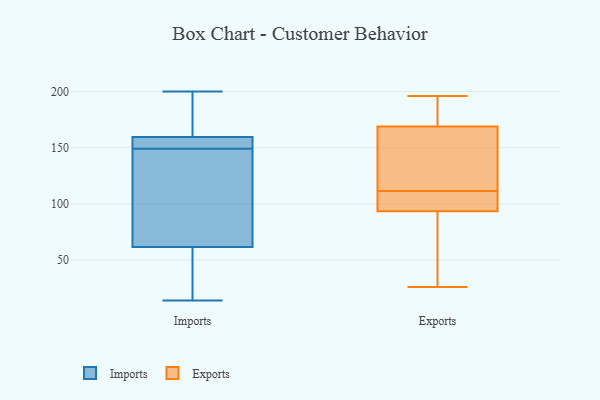
{"axis": {"x": "Shipments", "y": "Value"}, "legend": ["Exports", "Imports"], "data": [{"x": "", "y": 149, "type": "Imports"}, {"x": "", "y": 158, "type": "Imports"}, {"x": "", "y": 37, "type": "Imports"}, {"x": "", "y": 158, "type": "Imports"}, {"x": "", "y": 112, "type": "Imports"}, {"x": "", "y": 43, "type": "Imports"}, {"x": "", "y": 87, "type": "Imports"}, {"x": "", "y": 95, "type": "Imports"}, {"x": "", "y": 200, "type": "Imports"}, {"x": "", "y": 29, "type": "Imports"}, {"x": "", "y": 14, "type": "Imports"}, {"x": "", "y": 112, "type": "Imports"}, {"x": "", "y": 53, "type": "Imports"}, {"x": "", "y": 151, "type": "Imports"}, {"x": "", "y": 160, "type": "Imports"}, {"x": "", "y": 175, "type": "Imports"}, {"x": "", "y": 149, "type": "Imports"}, {"x": "", "y": 167, "type": "Imports"}, {"x": "", "y": 198, "type": "Imports"}, {"x": "", "y": 182, "type": "Exports"}, {"x": "", "y": 153, "type": "Exports"}, {"x": "", "y": 72, "type": "Exports"}, {"x": "", "y": 104, "type": "Exports"}, {"x": "", "y": 100, "type": "Exports"}, {"x": "", "y": 196, "type": "Exports"}, {"x": "", "y": 103, "type": "Exports"}, {"x": "", "y": 195, "type": "Exports"}, {"x": "", "y": 90, "type": "Exports"}, {"x": "", "y": 89, "type": "Exports"}, {"x": "", "y": 52, "type": "Exports"}, {"x": "", "y": 26, "type": "Exports"}, {"x": "", "y": 97, "type": "Exports"}, {"x": "", "y": 146, "type": "Exports"}, {"x": "", "y": 164, "type": "Exports"}, {"x": "", "y": 178, "type": "Exports"}, {"x": "", "y": 111, "type": "Exports"}, {"x": "", "y": 174, "type": "Exports"}, {"x": "", "y": 112, "type": "Exports"}, {"x": "", "y": 137, "type": "Exports"}]}